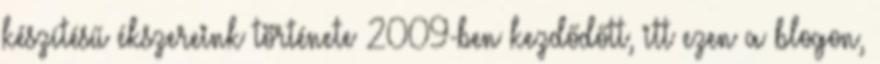
készítésű ékszereink története 2009-ben kezdődőtt, itt ezen a blogon,